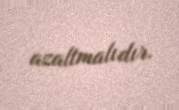
azaltmalıdır.